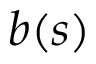
b ( s )